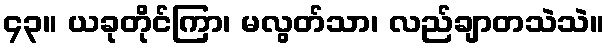
၄၃။ ယခုတိုင်ကြာ၊ မလွတ်သာ၊ လည်ချာတသဲသဲ။